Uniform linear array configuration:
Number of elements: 64
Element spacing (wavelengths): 0.75
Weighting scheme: exponential
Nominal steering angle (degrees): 30
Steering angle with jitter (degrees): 29.861
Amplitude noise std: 0.05
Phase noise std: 0.05

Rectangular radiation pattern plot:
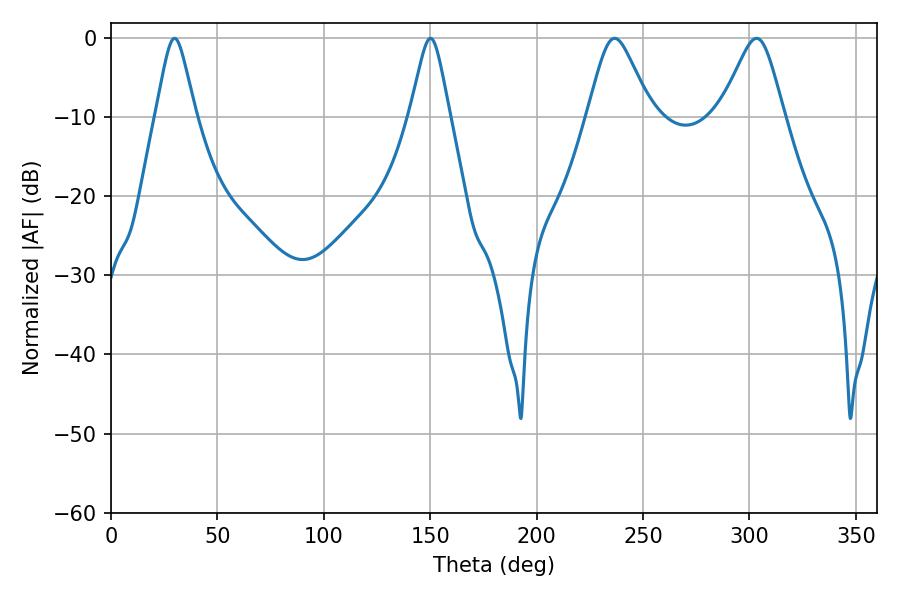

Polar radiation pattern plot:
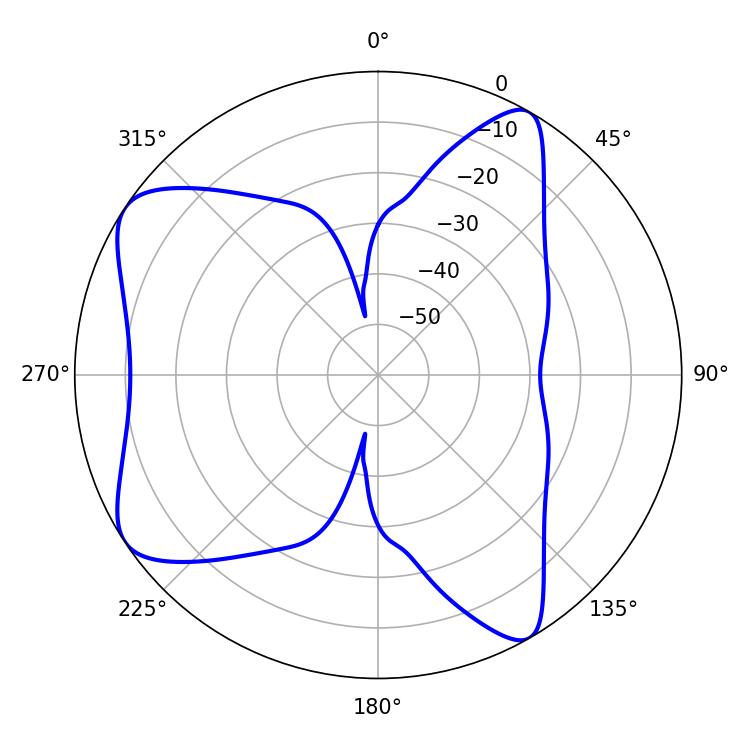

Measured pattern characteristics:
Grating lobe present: TRUE
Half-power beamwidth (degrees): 8.82
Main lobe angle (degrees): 150.12